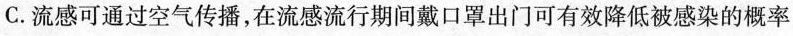
C.流感可通过空气传播，在流感流行期间戴口罩出门可有效降低被感染的概率